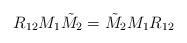
LaTeX: \begin{align*}R_{12} M_{1} \tilde{M}_{2} = \tilde{M}_{2} M_{1} R_{12}\end{align*}